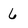
Character: 6